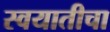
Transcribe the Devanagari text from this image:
स्वयातीचा